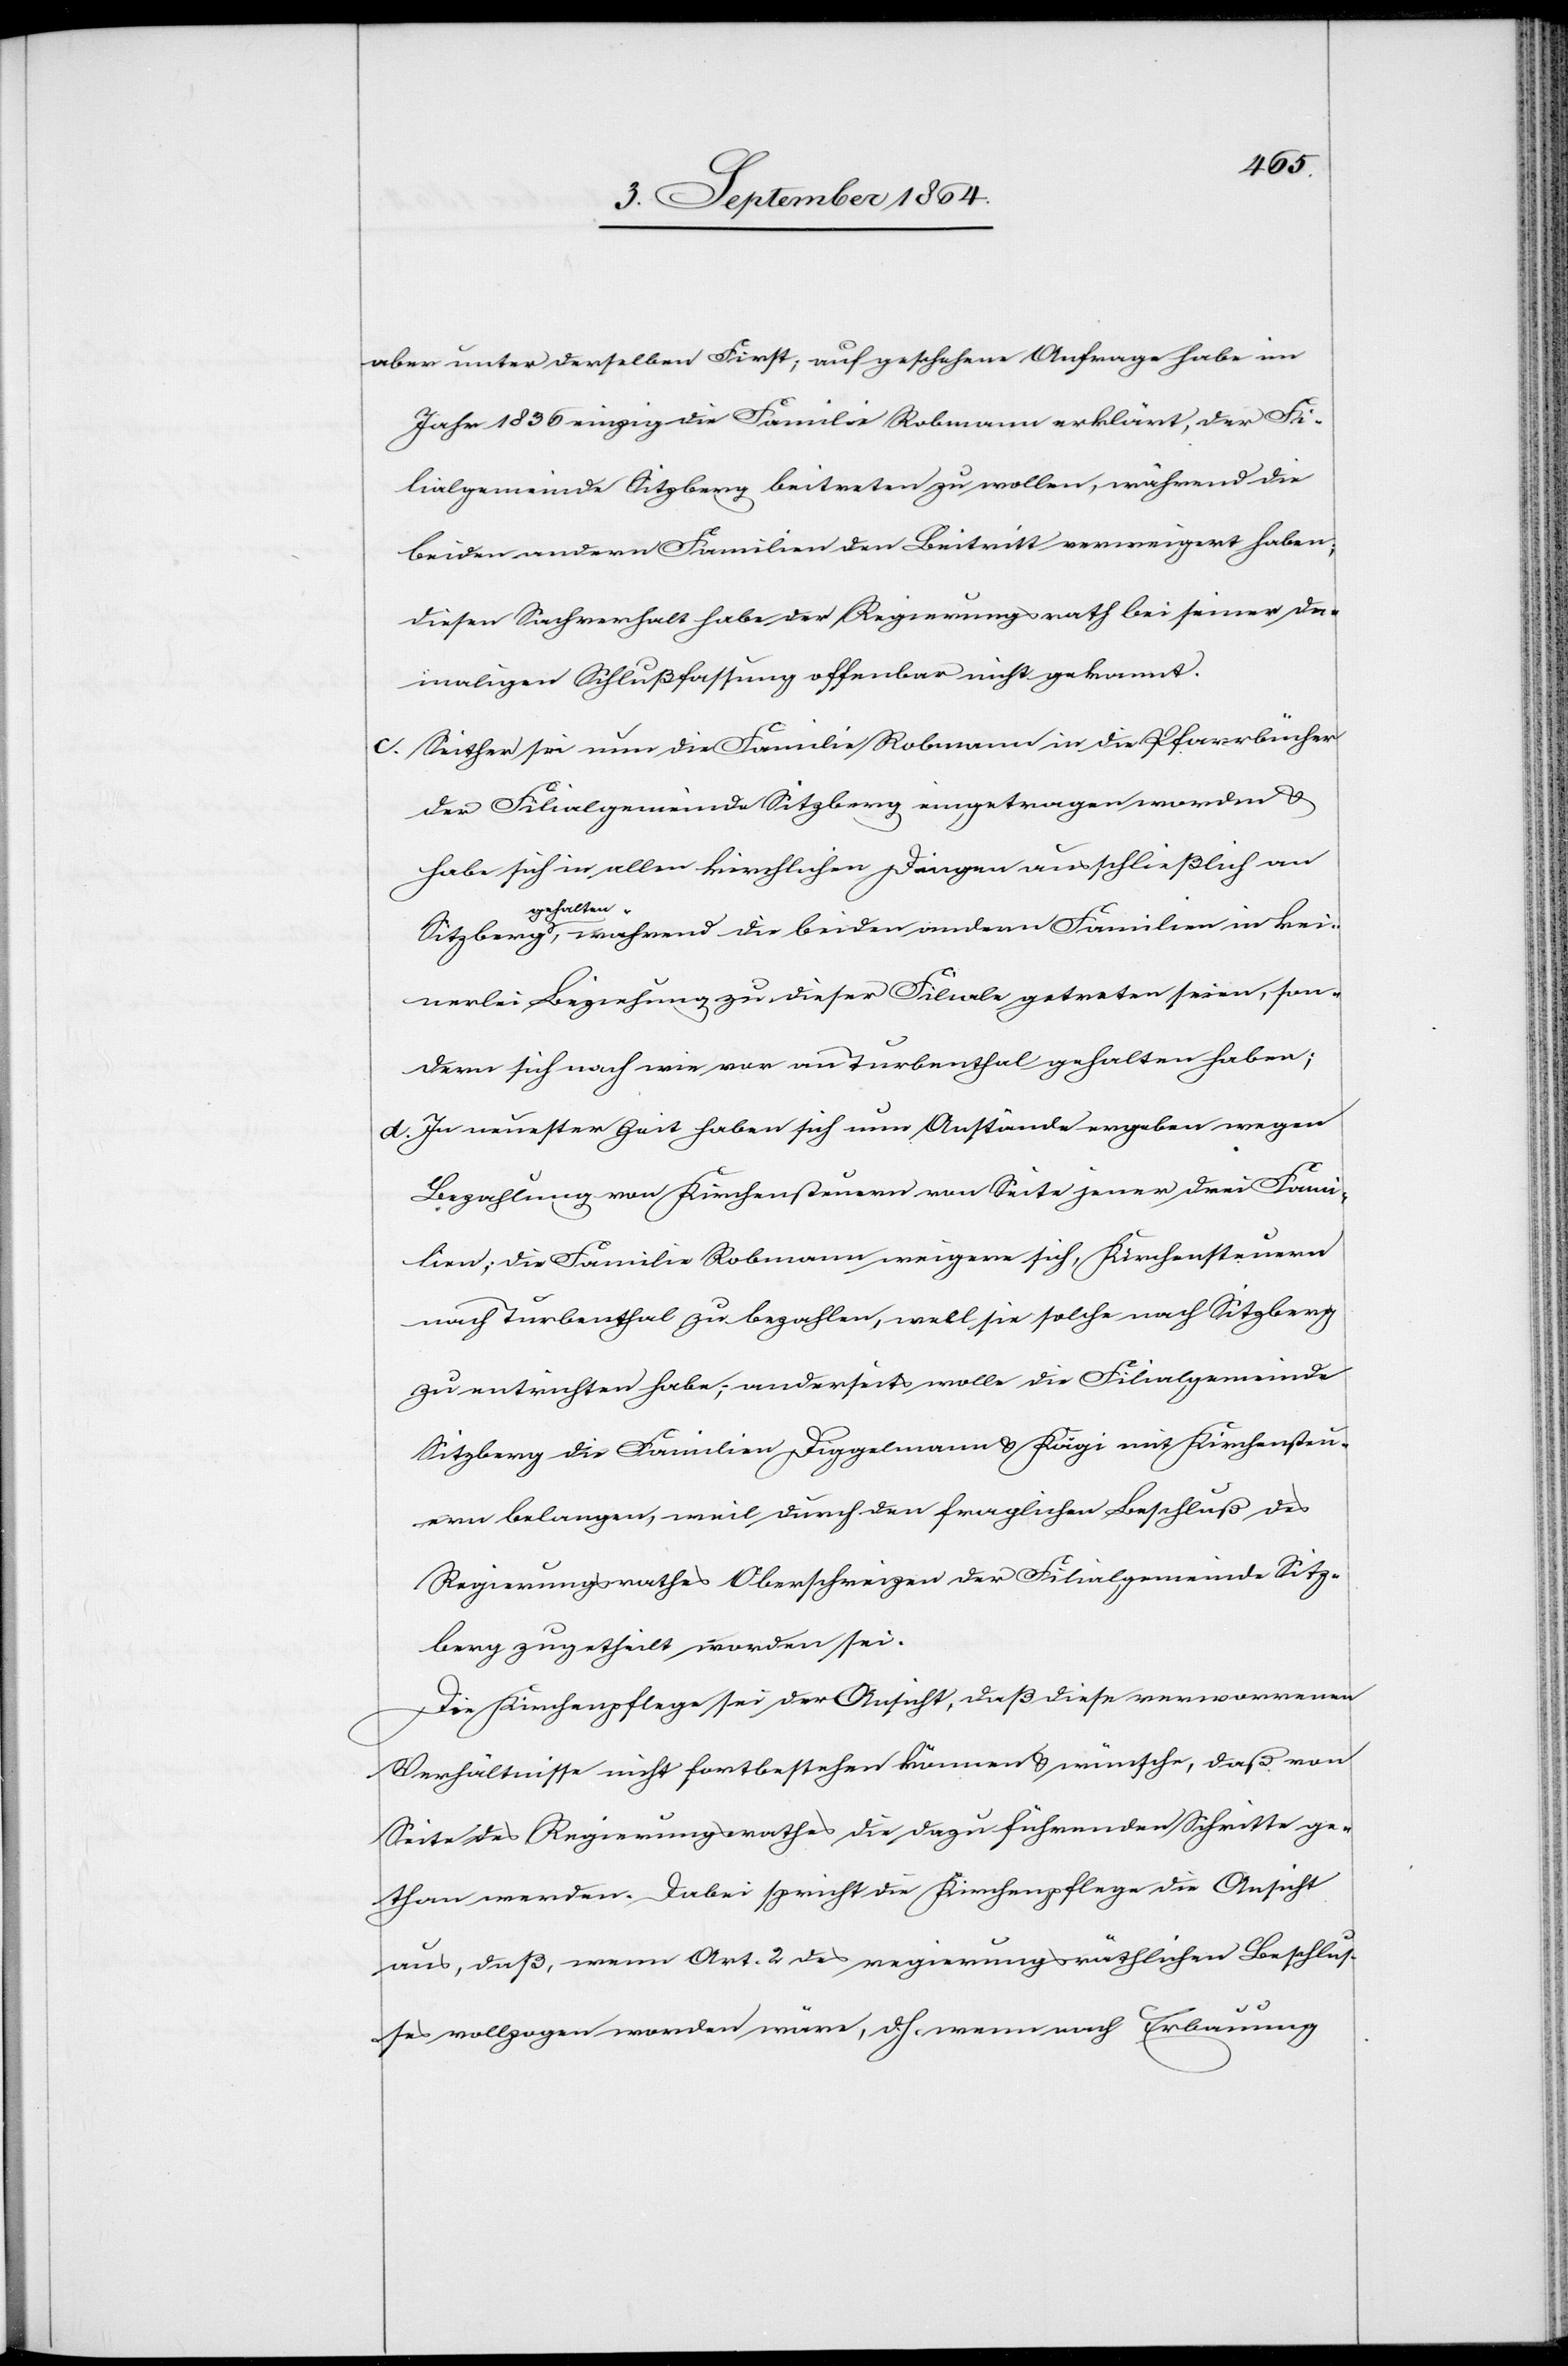
aber unter derselben First; auf geschehene Anfrage habe im
Jahr 1836 einzig die Familie Robmann erklärt, der Fi¬
lialgemeinde Sitzberg beitreten zu wollen, während die
beiden andern Familien in keinerlei Beziehung zu dieser
diesen Sachverhalt habe der Regierungsrath bei seiner da¬
maligen Schlußfassung offenbar nicht gekannt.
c)	Seither sei nur die Familie Robmann in die Pfarrbücher
der Filialgemeinde Sitzberg eingetragen worden &
habe sich in allen kirchlichen Dingen ausschließlich an
gehalten-a,
sondern sich nach wie vor an Turbenthal gehalten haben;
d)	In neuester Zeit haben sich nun Anstände ergeben wegen
Bezahlung von Kirchensteuern von Seite jener drei Fami¬
lien; die Familie Robmann weigere sich, Kirchensteuer
nach Turbenthal zu bezahlen, well [recte: weil] sie solche nach Sitzberg
zu entrichten habe; anderseits wolle die Filialgemeinde
Sitzberg die Familien Diggelmann & Kägi mit Kirchensteu¬
ern belangen, weil durch den fraglichen Beschluß des
Regierungsrathes Oberschreizen der Filialgemeinde Sitz¬
berg zugetheilt worden sei.
Die Kirchenpflege sei der Ansicht, daß diese verworrenen
Verhältnisse nicht fortbestehen können & wünsche, daß von
Seite des Regierungsrathes die dazu führenden Schritte ge¬
than werden. Dabei spricht die Kirchenpflege die Ansicht
aus, daß, wenn Art. 2 des regierungsräthlichen Beschlus¬
ses vollzogen worden wäre, d. h. wenn nach Erbauung